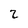
Character: 2